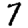
Digit: 7